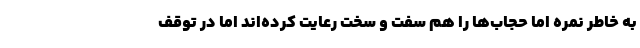
به خاطر نمره اما حجاب‌ها را هم سفت و سخت رعایت کرده‌اند اما در توقف